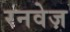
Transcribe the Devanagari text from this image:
रनवेज़